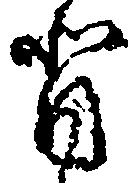
背